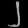
Digit: ၂